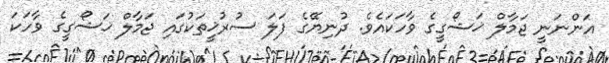
އަންނަނީ ޖަމާލް ޚަޝޯގީގެ ވާހަކައެވެ. ދުނިޔޭގެ ފަލަ ސުރުޚީތަކުގައި ޖަމާލް ޚަޝޯގީގެ ވާހަކަ